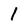
Character: 1